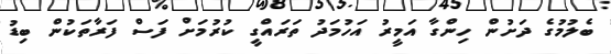
ބެލުމުގެ ދަށުން ހިންގާ އަމީރު އަހުމަދު ތަރައްގީ ކުރުމަށް ފަސް ފަރާތަކުން ބިޑު